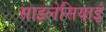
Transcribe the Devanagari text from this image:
साइलेसियाई